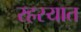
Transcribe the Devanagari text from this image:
रहस्यात